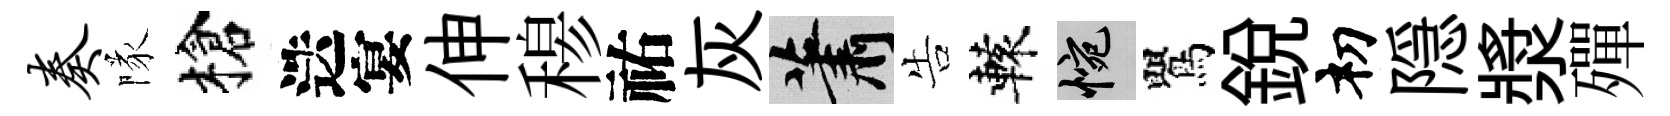
奏隊槍迭宴伸𥠇祐灰蕭告轅惋鸎銳𥘉隠漿殫